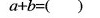
a+b=( )